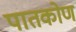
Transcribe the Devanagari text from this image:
पातकोण